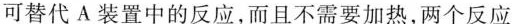
可替代A装置中的反应，而且不需要加热，两个反应